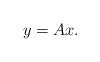
\begin{align*}y = Ax. \end{align*}